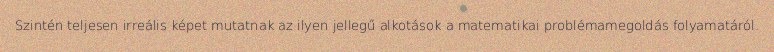
Szintén teljesen irreális képet mutatnak az ilyen jellegű alkotások a matematikai problémamegoldás folyamatáról.